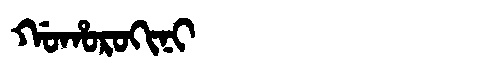
Manchu: ᡤᠣᡥᠣᡵᠣᡴᡳᠨᡳ
Romanization: GOHOROKINI